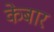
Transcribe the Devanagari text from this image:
केबार